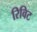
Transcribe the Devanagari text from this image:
रिविट